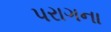
પરાગના